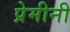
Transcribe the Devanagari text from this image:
प्रेमीनी